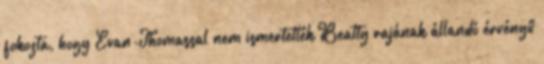
fokozta, hogy Evan-Thomassal nem ismertették Beatty rajának állandó érvényű